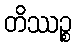
တိဿဉ္စ